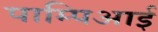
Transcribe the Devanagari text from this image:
पाम्पिआई